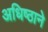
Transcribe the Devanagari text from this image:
अधिष्ठाने